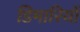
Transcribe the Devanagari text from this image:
डिमारियों